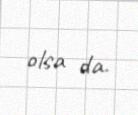
olsa da.